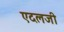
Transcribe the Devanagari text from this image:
एदलजी